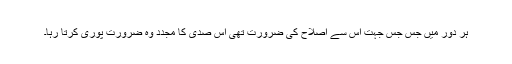
ہر دور میں جس جس جہت اس سے اصلاح کی ضرورت تھی اس صدی کا مجدد وہ ضرورت پوری کرتا رہا۔